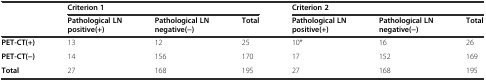
|  | <COLSPAN=3> Criterion 1 | <COLSPAN=3> Criterion 2 |
 |  | Pathological LN positive(+) | Pathological LN negative(−) | Total | Pathological LN positive(+) | Pathological LN negative(−) | Total |
 | --- | --- | --- | --- | --- | --- | --- |
 | PET-CT(+) | 13 | 12 | 25 | 10* | 16 | 26 |
 | PET-CT(−) | 14 | 156 | 170 | 17 | 152 | 169 |
 | Total | 27 | 168 | 195 | 27 | 168 | 195 |